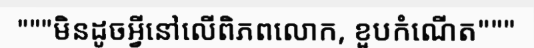
"""មិនដូចអ្វីនៅលើពិភពលោក, ខួបកំណើត"""